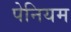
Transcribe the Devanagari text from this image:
पेनियम